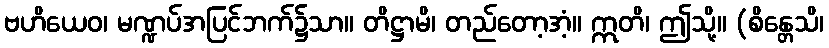
ဗဟိယေဝ၊ မဏ္ဍပ်အပြင်ဘက်၌သာ။ တိဋ္ဌာမိ၊ တည်တော့အံ့။ ဣတိ၊ ဤသို့။ (စိန္တေသိ၊